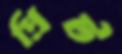
প্রিট